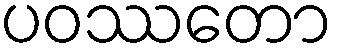
ပဝဿတော